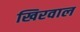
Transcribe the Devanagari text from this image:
खिरवाल